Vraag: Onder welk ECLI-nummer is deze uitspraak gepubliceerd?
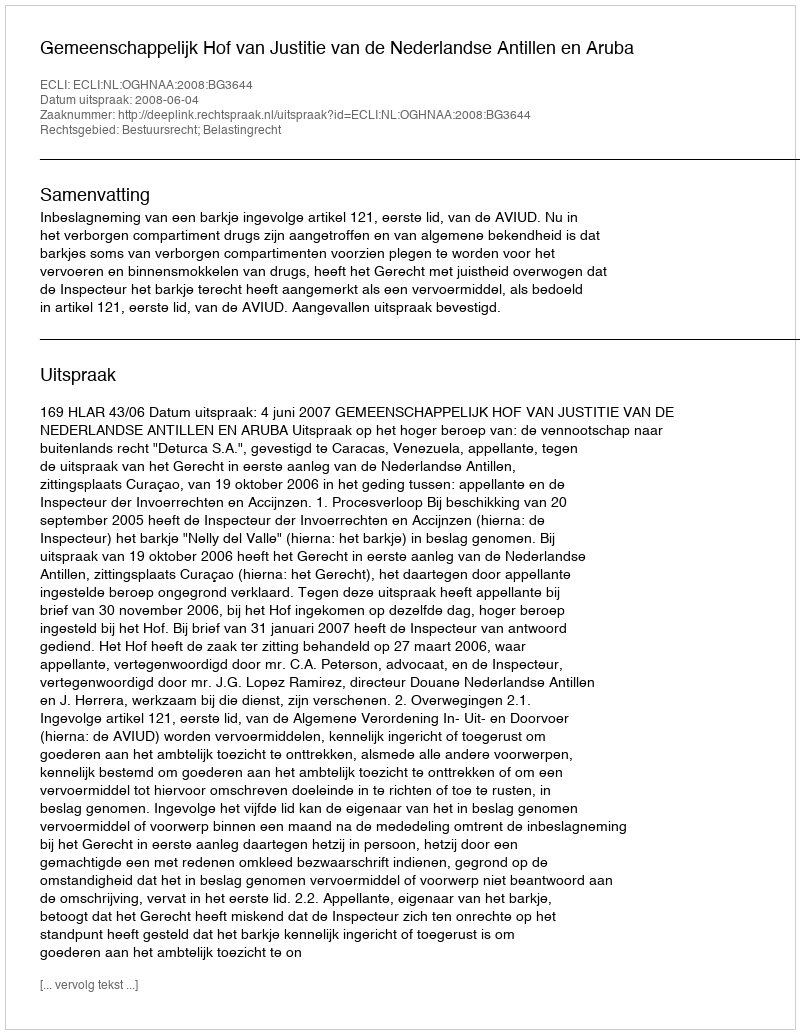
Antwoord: ECLI:NL:OGHNAA:2008:BG3644